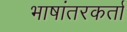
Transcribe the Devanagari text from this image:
भाषांतरकर्ता